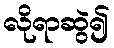
လိုရာဆွဲ၍